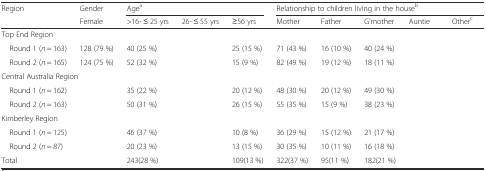
<table><thead><tr><td rowspan="2"><b>Region</b></td><td><b>Gender</b></td><td colspan="3"><b>Age<sup>a</sup></b></td><td colspan="5"><b>Relationship to children living in the house<sup>b</sup></b></td></tr><tr><td><b>Female</b></td><td><b>&gt;16- ≤ 25 yrs</b></td><td><b>26- ≤ 55 yrs</b></td><td><b>≥56 yrs</b></td><td><b>Mother</b></td><td><b>Father</b></td><td><b>G'mother</b></td><td><b>Auntie</b></td><td><b>Other<sup>c</sup></b></td></tr></thead><tbody><tr><td colspan="10">Top End Region</td></tr><tr><td> Round 1 (<i>n</i> = 163)</td><td>128 (79 %)</td><td>40 (25 %)</td><td>[EMPTY_CELL]</td><td>25 (15 %)</td><td>71 (43 %)</td><td>16 (10 %)</td><td>40 (24 %)</td><td>[EMPTY_CELL]</td><td>[EMPTY_CELL]</td></tr><tr><td> Round 2 (<i>n</i> = 165)</td><td>124 (75 %)</td><td>52 (32 %)</td><td>[EMPTY_CELL]</td><td>15 (9 %)</td><td>82 (49 %)</td><td>19 (12 %)</td><td>18 (11 %)</td><td>[EMPTY_CELL]</td><td>[EMPTY_CELL]</td></tr><tr><td colspan="10">Central Australia Region</td></tr><tr><td> Round 1 (<i>n</i> = 162)</td><td>[EMPTY_CELL]</td><td>35 (22 %)</td><td>[EMPTY_CELL]</td><td>20 (12 %)</td><td>48 (30 %)</td><td>20 (12 %)</td><td>49 (30 %)</td><td>[EMPTY_CELL]</td><td>[EMPTY_CELL]</td></tr><tr><td> Round 2 (<i>n</i> = 163)</td><td>[EMPTY_CELL]</td><td>50 (31 %)</td><td>[EMPTY_CELL]</td><td>26 (15 %)</td><td>55 (35 %)</td><td>15 (9 %)</td><td>38 (23 %)</td><td>[EMPTY_CELL]</td><td>[EMPTY_CELL]</td></tr><tr><td colspan="10">Kimberley Region</td></tr><tr><td> Round 1 (<i>n</i> = 125)</td><td>[EMPTY_CELL]</td><td>46 (37 %)</td><td>[EMPTY_CELL]</td><td>10 (8 %)</td><td>36 (29 %)</td><td>15 (12 %)</td><td>21 (17 %)</td><td>[EMPTY_CELL]</td><td>[EMPTY_CELL]</td></tr><tr><td> Round 2 (<i>n</i> = 87)</td><td>[EMPTY_CELL]</td><td>20 (23 %)</td><td>[EMPTY_CELL]</td><td>13 (15 %)</td><td>30 (35 %)</td><td>10 (11 %)</td><td>16 (18 %)</td><td>[EMPTY_CELL]</td><td>[EMPTY_CELL]</td></tr><tr><td>Total</td><td>[EMPTY_CELL]</td><td>243(28 %)</td><td>[EMPTY_CELL]</td><td>109(13 %)</td><td>322(37 %)</td><td>95(11 %)</td><td>182(21 %)</td><td>[EMPTY_CELL]</td><td>[EMPTY_CELL]</td></tr></tbody></table>